Report of the Indian Hemp Drugs Commission, 1894-1895 - Volume V
Year: 1894
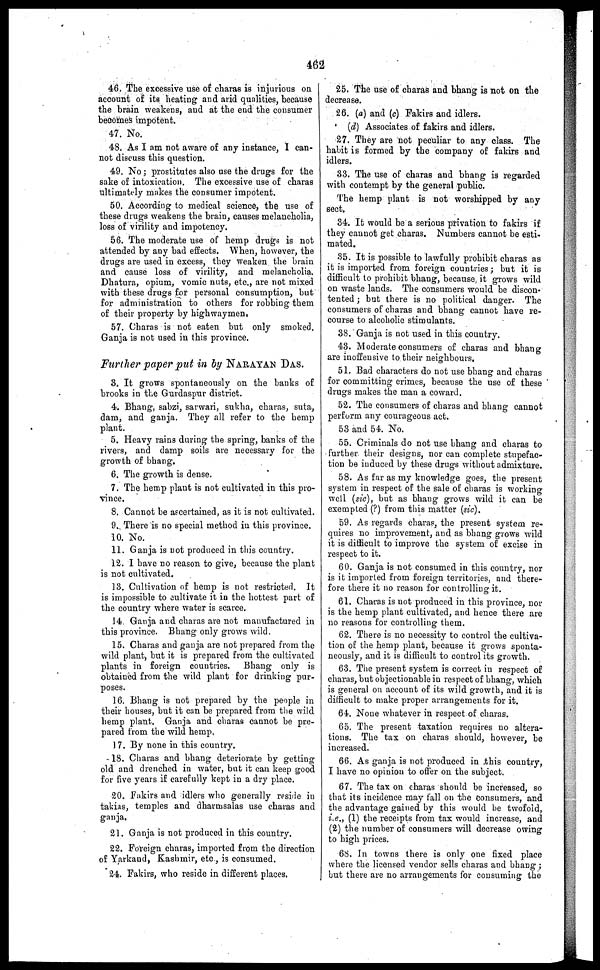
462
46. The excessive use of charas is injurious on
account of its heating and arid qualities, because
the brain weakens, and at the end the consumer
becomes impotent.
47. No.
48. As I am not aware of any instance, I can-
not discuss this question.
49. No; prostitutes also use the drugs for the
sake of intoxication. The excessive use of charas
ultimately makes the consumer impotent.
50. According to medical science, the use of
these drugs weakens the brain, causes melancholia,
loss of virility and impotency.
56. The moderate use of hemp drugs is not
attended by any bad effects. When, however, the
drugs are used in excess, they weaken the brain
and cause loss of virility, and melancholia.
Dhatura, opium, vomic nuts, etc., are not mixed
with these drugs for personal consumption, but
for administration to others for robbing them
of their property by highwaymen,
57. Charas is not eaten but only smoked.
Ganja is not used in this province.
Further paper put in by NARAYAN DAS.
3. It grows spontaneously on the banks of
brooks in the Gurdaspur district.
4. Bhang, sabzi, sarwari, sukha, charas, suta,
dam, and ganja. They all refer to the hemp
plant.
5. Heavy rains during the spring, banks of the
rivets, and damp soils are necessary for the
growth of bhang,
6. The growth is dense.
7. The hemp plant is not cultivated in this pro-
vince.
8. Cannot be ascertained, as it is not cultivated.
9. There is no special method in this province.
10. No.
11. Ganja is not produced in this country.
12. 1 have no reason to give, because the plant
is not cultivated.
13. Cultivation of hemp is not restricted. It
is impossible to cultivate it in the hottest part of
the country where water is scarce.
14. Ganja and charas are not manufactured in
this province. Bhang only grows wild.
15. Charas and ganja are not prepared from the
wild plant, but it is prepared from the cultivated
plants in foreign countries. Bhang only is
obtained from the wild plant for drinking pur-
poses.
16. Bhang is not prepared by the people in
their houses, but it can be prepared from the wild
hemp plant. Ganja and charas cannot be pre-
pared from the wild hemp.
17. By none in this country.
18. Charas and bhang deteriorate by getting
old and drenched in water, but it can keep good
for five years if carefully kept in a dry place.
20. Fakirs and idlers who generally reside in
takias, temples and dharmsalas use charas and
ganja.
21. Ganja is not produced in this country.
22. Foreign charas, imported from the direction
of Yarkand, Kashmir, etc, is consumed.
24. Fakirs, who reside in different places.
25. The use of charas and bhang is not on the
decrease.
26. (a) and (c) Fakirs and idlers.
(d) Associates of fakirs and idlers.
27. They are not peculiar to any class. The
habit is formed by the company of fakirs and
idlers.
33. The use of charas and bhang is regarded
with contempt by the general public.
The hemp plant is not worshipped by any
sect.
34. It would be a serious privation to fakirs if
they cannot get charas. Numbers cannot be esti-
mated.
35. It is possible to lawfully prohibit charas as
it is imported from foreign countries; but it is
difficult to prohibit bhang, because it grows wild
on waste lands. The consumers would be discon-
tented ; but there is no political danger. The
consumers of charas and bhang cannot have re-
course to alcoholic stimulants.
38. Ganja is not used in this country.
43. Moderate consumers of charas and bhang
are inoffensive to their neighbours.
51. Bad characters do not use bhang and charas
for committing crimes, because the use of these
drugs makes the man a coward.
52. The consumers of charas and bhang cannot
perform any courageous act.
53 and 54. No.
55. Criminals do not use bhang and charas to
further their designs, nor can complete stupefac-
tion be induced by these drugs without admixture.
58. As far as my knowledge goes, the present
system in respect of the sale of charas is working
well (sic), but as bhang grows wild it can be
exempted (?) from this matter (sic).
59. As regards charas, the present system re-
quires no improvement, and as bhang grows wild
it is difficult to improve the system of excise in
respect to it.
60. Ganja is not consumed in this country, nor
is it imported from foreign territories, and there-
fore there it no reason for controlling it.
61. Charas is not produced in this province, nor
is the hemp plant cultivated, and hence there are
no reasons for controlling them.
62. There is no necessity to control the cultiva-
tion of the hemp plant, because it grows sponta-
neously, and it is difficult to control its growth.
63. The present system is correct in respect of
charas, but objectionable in respect of bhang, which
is general on account of its wild growth, and it is
difficult to make proper arrangements for it.
64. None whatever in respect of charas.
65. The present taxation requires no altera-
tions. The tax on charas should, however, be
increased.
66. As ganja is not produced in this country,
I have no opinion to offer on the subject.
67. The tax on charas should be increased, so
that its incidence may tall on the Consumers, and
the advantage gained by this would be twofold,
i.e., (1) the receipts from tax would increase, and
(2) the number of consumers will decrease owing
to high prices.
68. In towns there is only one fixed place
where the licensed vendor sells charas and bhang;
but there are no arrangements for consuming the